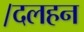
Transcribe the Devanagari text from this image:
।दलहन